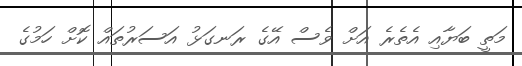
މަތީ ބަޔާއި އެތެރެ އަށް ވެސް އޭގެ ރަނގަޅު އަސަރުތައް ކޮށް ހަމުގެ